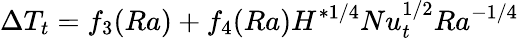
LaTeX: \Delta T_{t}=f_{3}(Ra)+f_{4}(Ra)H^{*1/4}Nu_{t}^{1/2}Ra^{-1/4}